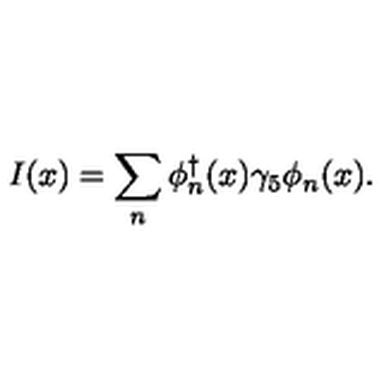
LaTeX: I ( x ) = \sum _ { n } \phi _ { n } ^ { \dagger } ( x ) \gamma _ { 5 } \phi _ { n } ( x ) .